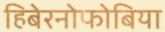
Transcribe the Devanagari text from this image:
हिबेरनोफोबिया